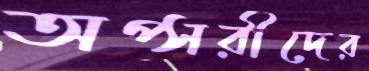
অপ্সরীদের